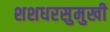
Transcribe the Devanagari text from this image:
शशधरसुमुखी